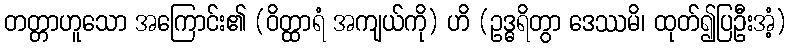
တတ္တာဟူသော အကြောင်း၏ (ဝိတ္ထာရံ အကျယ်ကို) ဟိ (ဥဒ္ဓရိတွာ ဒေဿမိ၊ ထုတ်၍ပြဦးအံ့)